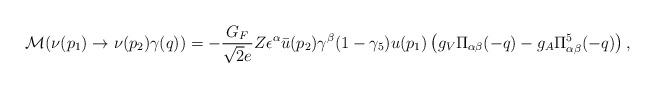
LaTeX: \begin{align*}{\cal M}(\nu(p_1)\to \nu(p_2)\gamma(q))=-{G_F\over \sqrt{2}e}Z\epsilon^{\alpha}\bar{u}(p_2)\gamma^{\beta}(1-\gamma_5)u(p_1) \left(g_V\Pi_{\alpha\beta}(-q)-g_A\Pi^5_{\alpha\beta}(-q)\right),\end{align*}